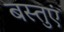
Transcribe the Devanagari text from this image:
बस्तुएं